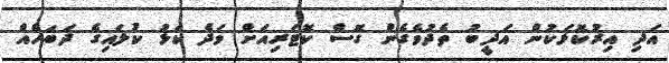
އަދި އިރުކޮޅަކުން އަދީބު ތެދުވެގެން ގޮސް ކޮޓަރިއަށް ވަދެ ކަޅު ކުލައިގެ ދަބަހެއް